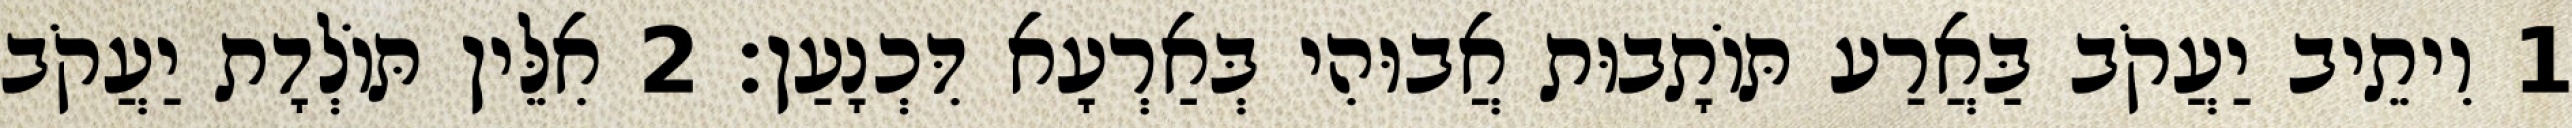
1 וִיתֵיב יַעֲקֹב בַּאֲרַע תּוֹתָבוּת אֲבוּהִי בְּאַרְעָא דִּכְנָעַן׃ 2 אִלֵּין תּוֹלְדָת יַעֲקֹב